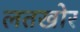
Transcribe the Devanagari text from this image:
लतखोर